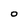
Character: 0